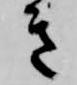
き